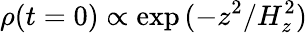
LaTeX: \rho(t=0)\propto\exp{(-z^{2}/H_{z}^{2})}